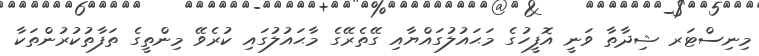
މިނިސްޓަރ ޝިދާތާ ވަނީ އޮފީހުގެ މަޙައުލުގައްޔާއި ގޭތެރޭގެ މާޙައުލުގައި ކުރެވޭ މިންތީގެ ތަފާތުކުރުންތަކާ